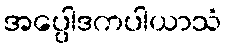
အပ္ပေါဒကပါယာသံ